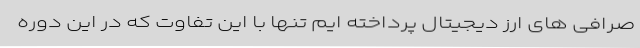
صرافی های ارز دیجیتال پرداخته ایم تنها با این تفاوت که در این دوره